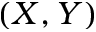
( X , Y )